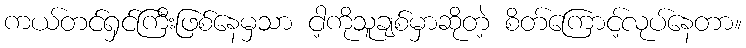
ကယ်တင်ရှင်ကြီးဖြစ်နေမှသာ ငါ့ကိုသူချစ်မှာဆိုတဲ့ စိတ်ကြောင့်လုပ်နေတာ။